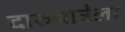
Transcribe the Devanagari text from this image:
दारुयात्रेला